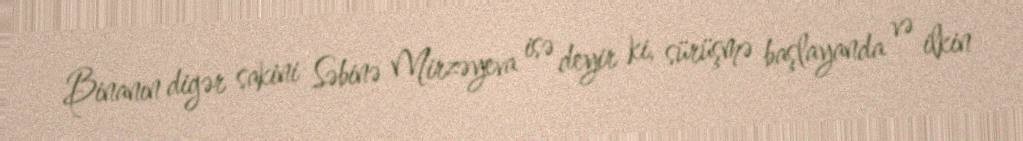
Binanın digər sakini Səbinə Mirzəyeva isə deyir ki, sürüşmə başlayanda və ilkin